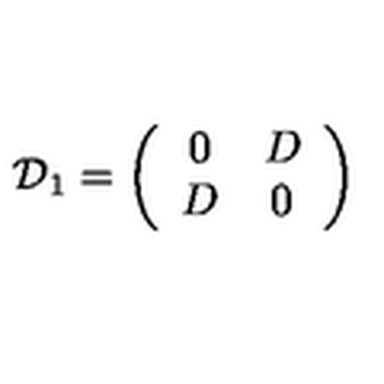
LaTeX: { \cal D } _ { 1 } = \left( \begin{array} { c c } { 0 } & { D } \\ { D } & { 0 } \\ \end{array} \right)